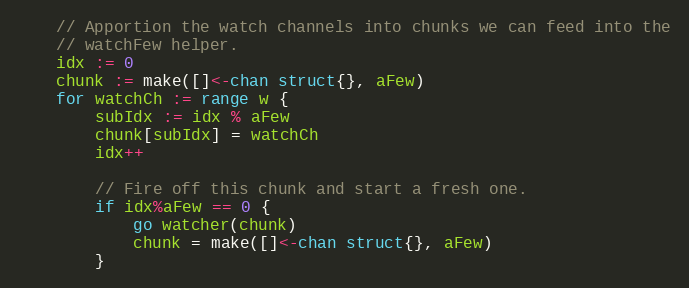
Language: Go
	// Apportion the watch channels into chunks we can feed into the
	// watchFew helper.
	idx := 0
	chunk := make([]<-chan struct{}, aFew)
	for watchCh := range w {
		subIdx := idx % aFew
		chunk[subIdx] = watchCh
		idx++

		// Fire off this chunk and start a fresh one.
		if idx%aFew == 0 {
			go watcher(chunk)
			chunk = make([]<-chan struct{}, aFew)
		}